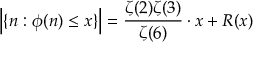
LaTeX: { \Big \vert } \{ n : \phi ( n ) \leq x \} { \Big \vert } = { \frac { \zeta ( 2 ) \zeta ( 3 ) } { \zeta ( 6 ) } } \cdot x + R ( x )